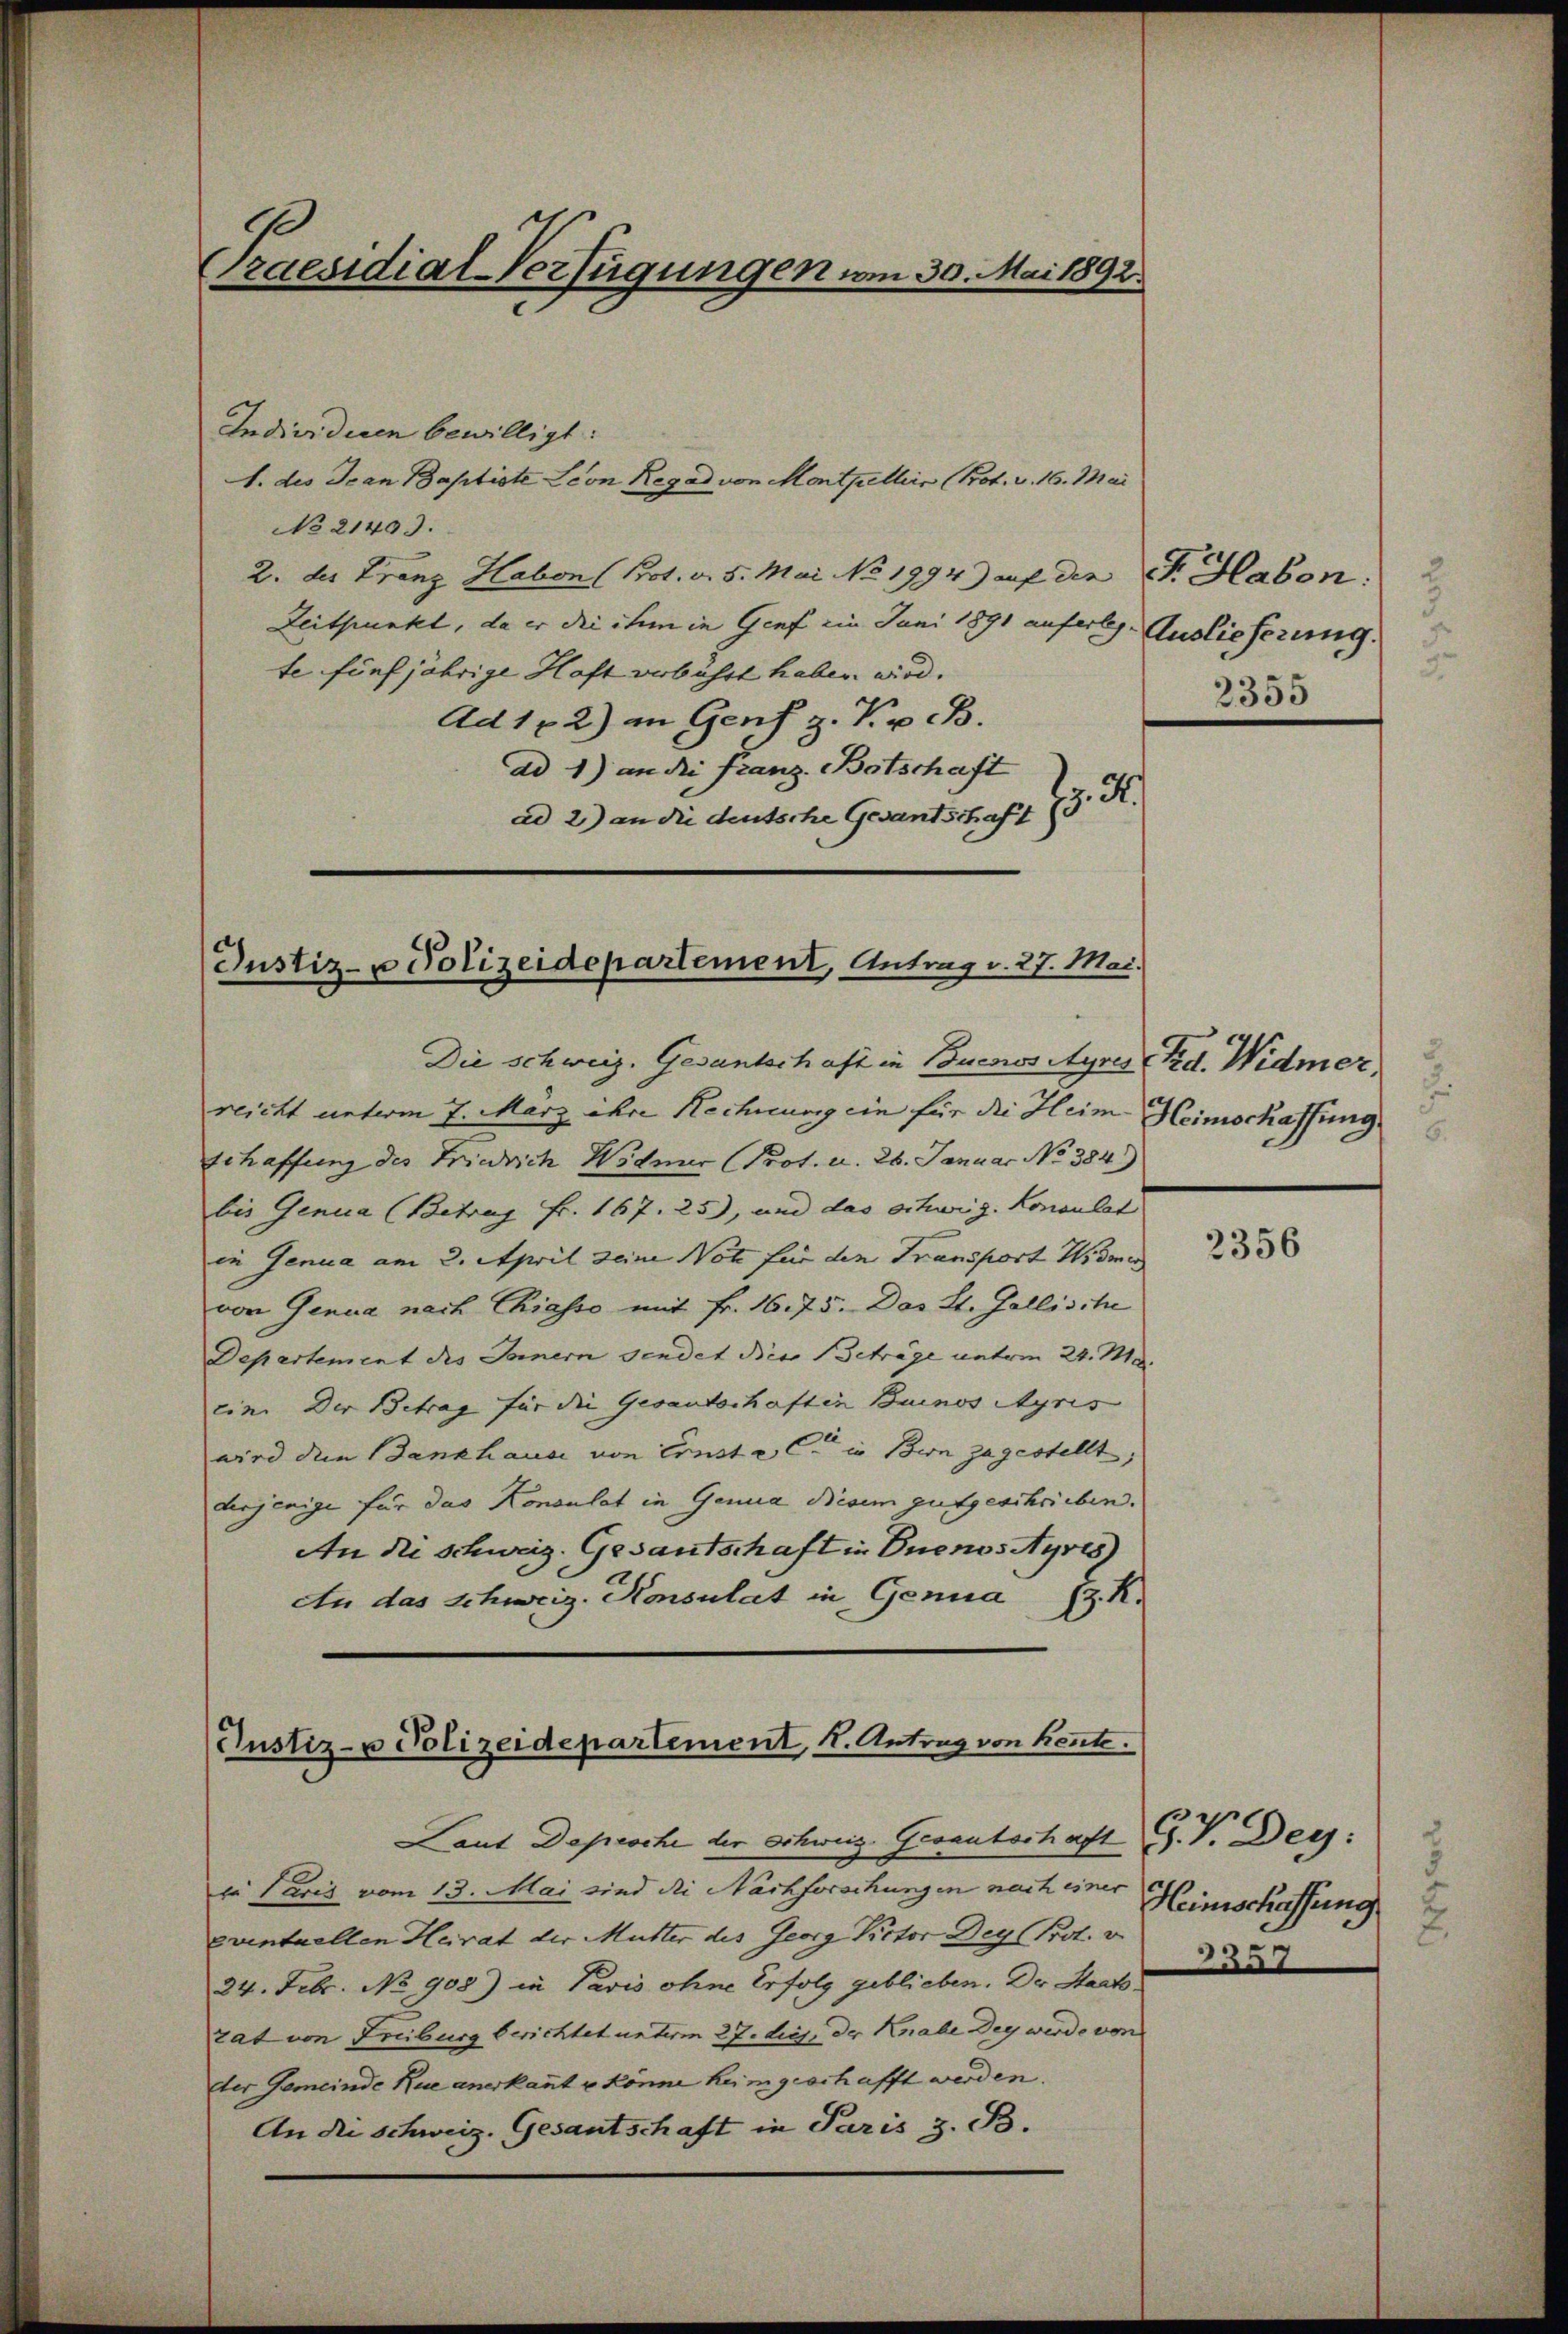
Praesidial-Verfügungen vom 30. Mai 1892.

Individiren bewilligt:
1. des Jean Baptiste Leon Regal von Montpuellers (Prot. v. 16. Mai
No 21403.
2. des Franz Haben (Prot. d. 5. Mai No 1994) auf den St. Habon:
Zeitpunkt, da er die ihm in Genf ein Juni 1891 auferl. Auslieferung.
te fünfjährige Haft verbüsst haben wird.
Ad 102) an Genf Kr.B.
ad 1) an die Franz Botschaft
z. R.
ad 2) an die deutsche Gesandschaft

Justiz- u Polizeidepartement, Antrag v. 27. Mai.

Die schweiz. Gesantschaft in Buenos Ayres (Bd. Widmer,
reicht unterm 7. März ihre Rechnung ein für die Heim Heimschaffung
schaffung des Friedrich Widmer (Prot. u. 26. Januar No 384)
bis Genua (Betrag Fr. 167. 25), und das schwig. Konsulat
in Genua am 2. April seine Note für den Transport Wisme
von Genua nach Chiasso mit Fr. 16. 75. Das St. Gallische
Departement des Innern sendet diese Beträge unterm 24. Maein. Der Betrag für die Gesantschaften Buenos Ayris
wird den Bankhause von Ernste C in Bern zugestellt,
derjenige für das Konsulat in Genua diesem gutgeschrieben.
An die schweiz. Gesantschaft in Buenos Ayres
An das Schweiz. Konsulat in Genua
. R.

Justiz- u Polizeidepartement, K. Antrag von Kente.

Laut Depesche der Schweiz. Gesantschaft
ie Paris vom 13. Mai sind die Nachforschungen nach einer
eventuellen Heirat der Mutter des Georg Rector Deg Prot. v
24. Febr. No 908) in Paris ohne Erfolg geblieben. Der Staatsrat von Freiburg berichtet unterm 27. diej. der Knabe Dey werde von
der Gemeinde Rue anerkannt u könne heimgeschafft werden.
An die schweiz. Gesantschaft in Paris z. B.

2
3

2355

2356

J. V. Dey:
2
Heimschaffung
.
335.